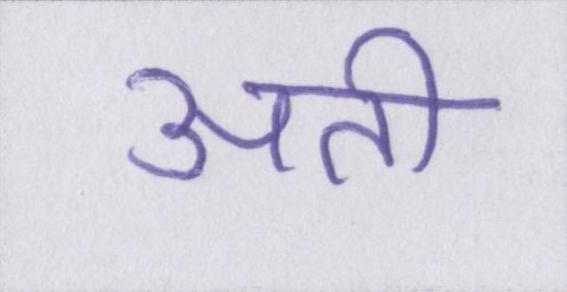
अती